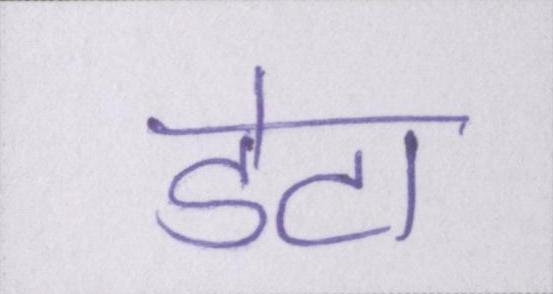
डेटा